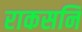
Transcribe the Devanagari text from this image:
राकसनि